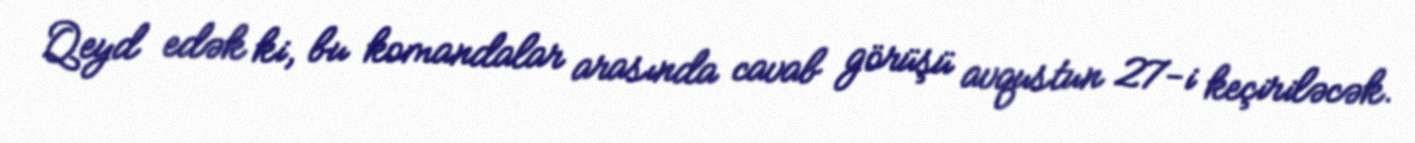
Qeyd edək ki, bu komandalar arasında cavab görüşü avqustun 27-i keçiriləcək.